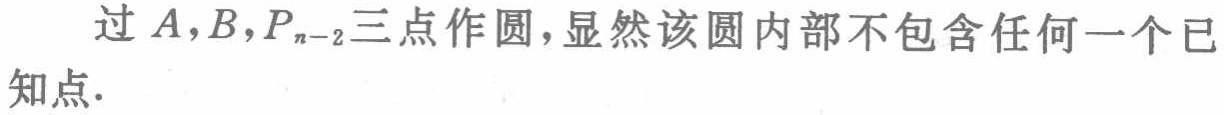
过\(A,B,P_{n - 2}\)三点作圆，显然该圆内部不包含任何一个已知点.